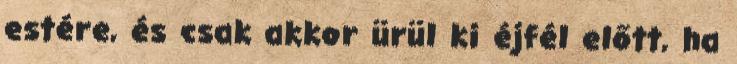
estére, és csak akkor ürül ki éjfél előtt, ha